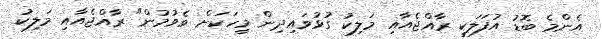
އެންމެ ބޮޑު އުފަލަކީ ރާއްޖެއާއި މަލިކު ގުޅުވައިދިން މީހަކަށް ވެވުމުން" ރާއްޖެއާއި މަލިކު